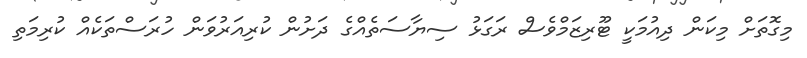
މިގޮތަށް މިކަން ދިއުމަކީ ޓޫރިޒަމްވެސް ރަގަޅު ސިޔާސަތެއްގެ ދަށުން ކުރިއަރުވަން ހުރަސްތަކެއް ކުރިމަތި